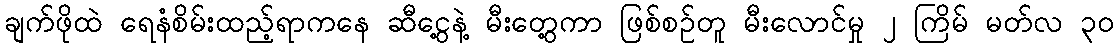
ချက်ဖိုထဲ ရေနံစိမ်းထည့်ရာကနေ ဆီငွေ့နဲ့ မီးတွေ့ကာ ဖြစ်စဉ်တူ မီးလောင်မှု ၂ ကြိမ် မတ်လ ၃၀